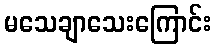
မသေချာသေးကြောင်း